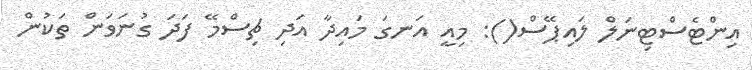
އިންޓެސްޓިނަލް ލައިޕޭސް(): މިއީ އަނގަ މައިދާ އަދި ޗިސްމޭ ފަދަ ގުނަވަން ތަކުން